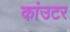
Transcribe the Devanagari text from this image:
कांउटर